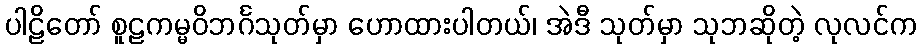
ပါဠိတော် စူဠကမ္မဝိဘင်္ဂသုတ်မှာ ဟောထားပါတယ်၊ အဲဒီ သုတ်မှာ သုဘဆိုတဲ့ လုလင်က